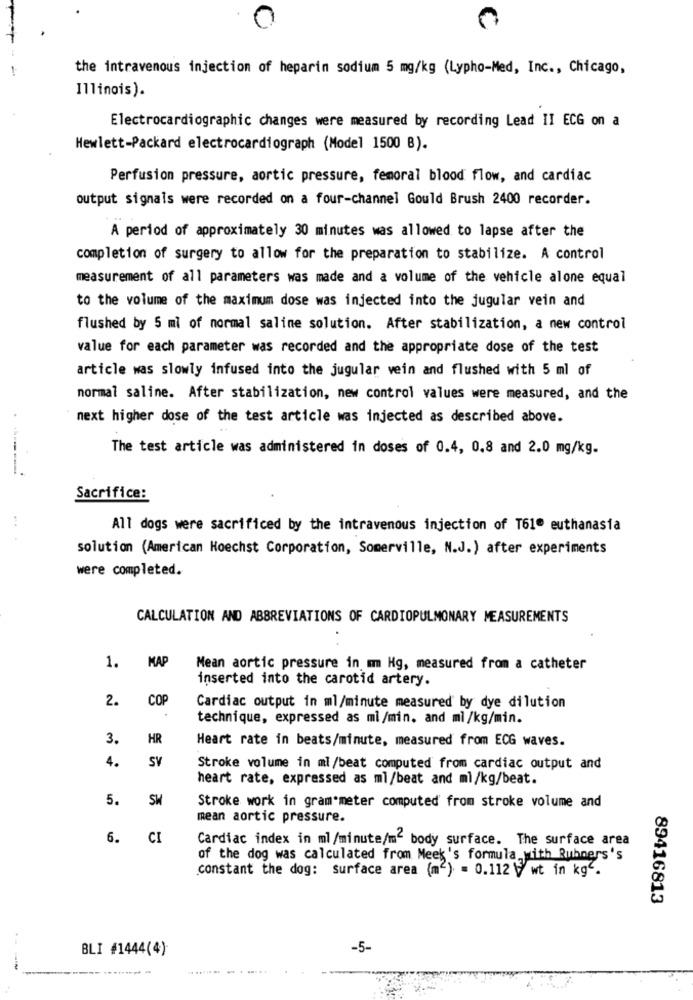
the intravenous injection of heparin sodium 5 mg/kg (Lypho-Med, Inc ., Chicago,
Illinois).
Electrocardiogramanges were measured by recording Lead II ECG on a
Hewlett-Packard electrocardiogramodel 1500 B).
Perfusion pressure, aortic pressure, femoral blood flow, and cardiac
output signals were recorded on a four-channel Gould Brush 2400 recorder.
A period of approximately 30 minutes was allowed to lapse after the
completion of surgery to allow for the preparation to stabilize. A control
measurement of all parameters was made and a volume of the vehicle alone equal
to the volume of the maximum dose was injected into the jugular vein and
flushed by 5 ml of normal saline solution. After stabilization, a new control
value for each parameter was recorded and the appropriate dose of the test
article was slowly infused into the jugular vein and flushed with 5 ml of
normal saline. After stabilization, new control values were measured, and the
next higher dose of the test article was injected as described above.
The test article was administered in doses of 0.4, 0.8 and 2.0 mg/kg.
.----
Sacrifice:
All dogs were sacrificed by the intravenous injection of T61º euthanasia
solution (American Hoechst Corporation, Somerville, N.J.) after experiments
were completed.
CALCULATION AND ABBREVIATIONS OF CARDIOPULMONARY MEASUREMENTS
MAF
1.
Mean aortic pressure in mm Hg, measured from a catheter
inserted into the carotid artery.
2.
COF
Cardiac output in ml/minute measured by dye dilution
technique, expressed as mi/min. and ml/kg/min.
3.
HR
Heart rate in beats/minute, measured from ECG waves.
4.
SV
Stroke volume in ml/beat computed from cardiac output and
heart rate, expressed as ml/beat and ml/kg/beat.
5.
SH
Stroke work in gram meter computed from stroke volume and
mean aortic pressure.
6.
CI
Cardiac index in ml/minute/m2 body surface. The surface area
of the dog was calculated from Meek's formula with Rubners's
constant the dog: surface area (mc) = 0.112 \ wt in kg".
89416813
BLI #1444(4)
-5-
...... .....
--